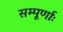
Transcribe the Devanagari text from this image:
सम्पूर्णाः